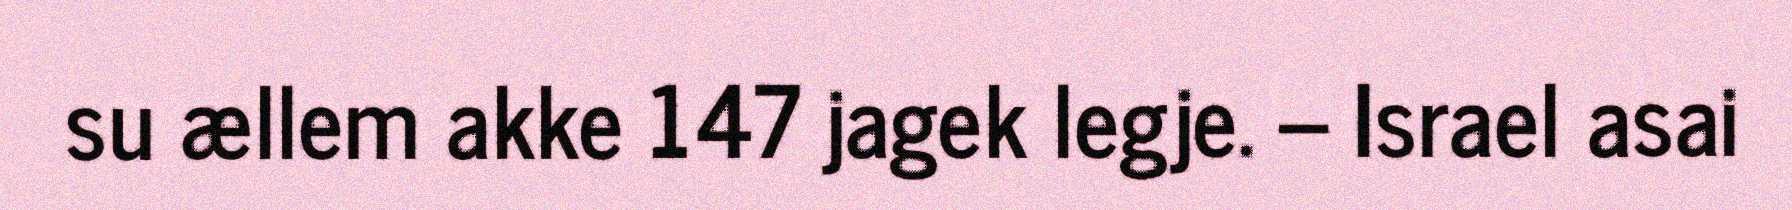
su ællem akke 147 jagek legje. – Israel asai